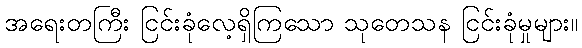
အရေးတကြီး ငြင်းခုံလေ့ရှိကြသော သုတေသန ငြင်းခုံမှုများ။